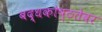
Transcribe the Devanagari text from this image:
बद्धकोष्ठतेवर